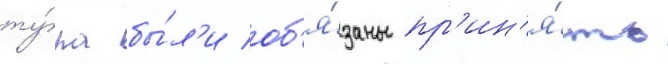
ту́ра бы́л'и об'я́заны пр'ин'я́ть